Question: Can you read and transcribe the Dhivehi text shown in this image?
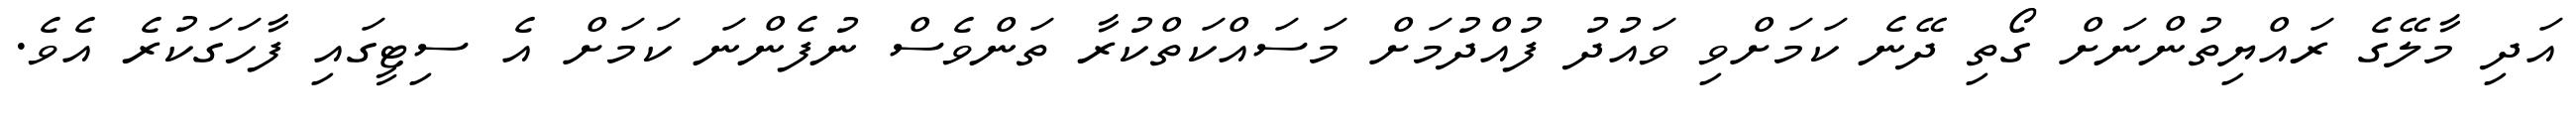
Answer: އަދި މާލޭގެ ރައްޔިތުންނަށް ގޯތި ދޭނެ ކަމަށްވި ވައުދު ފުއްދުމަށް މަސައްކަތްކުރާ ތަންވެސް ނުފެންނަ ކަމަށް އެ ސިޓީގައި ފާހަގަކުރެ އެވެ.